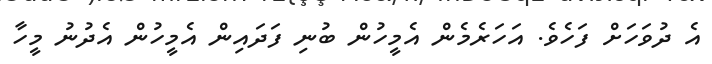
އެ ދުވަހަށް ފަހެވެ. އަހަރެމެން އެމީހުން ބުނި ފަދައިން އެމީހުން އެދުނު މީހާ